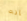
إنه